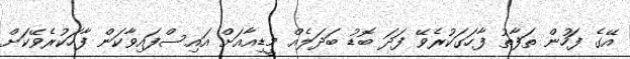
އޭގެ ފަހުން ތަފާތު ފާހަގަކުރެވޭ ފަދަ ބޮޑު ބަދަލެއް މީޑިއާއަށް އައިސްފައިވާކަން ފާހަކުރެވޭކަށް